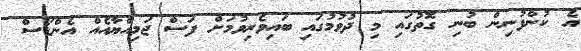
އެ ކުންފުނިން ބުނި ގޮތުގައި މި ދުވުމުގައި ބައިވެރިވުމަށް ފަސް ޖަމިއްޔާއެއް އެންޑޯސް